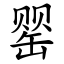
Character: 罂